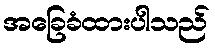
အခြေခံထားပါသည်